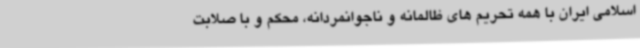
اسلامی ایران با همه تحریم های ظالمانه و ناجوانمردانه، محکم و با صلابت